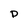
Character: P